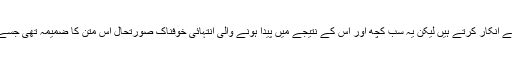
بہت سے لوگ اپنی نظریاتی وابستگی یا کسی اور وجہ سے اس بات سے انکار کرتے ہیں لیکن یہ سب کچھ اور اس کے نتیجے میں پیدا ہونے والی انتہائی خوفناک صورتحال اس متن کا ضمیمہ تھی جسے ہم ایرانی انقلاب کو پاکستان درآمد کرنے کا منصوبہ کہہ سکتے ہیں۔